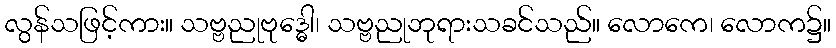
လွန်သဖြင့်ကား။ သဗ္ဗညုဗုဒ္ဓေါ၊ သဗ္ဗညုဘုရားသခင်သည်။ လောကေ၊ လောက၌။